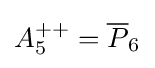
A_{5}^{++}={\overline {P}}_{6}